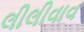
લીલીવાવ